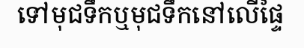
ទៅមុជទឹកឬមុជទឹកនៅលើផ្ទៃ